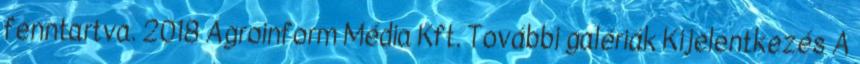
fenntartva. 2018 Agroinform Média Kft. További galériák Kijelentkezés A